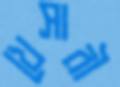
খেসারী